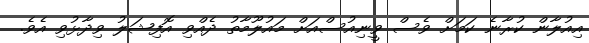
އިއުލާން ކުރާނެ ކަމަށް ވެސް ވީނިއުސްއަށް މައުލޫމާތު ދެއްވި އޮފިޝަލު ވިދާޅުވި އެވެ.